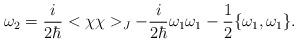
LaTeX: \begin{align*}\omega_2={i\over 2\hbar}<\chi\chi>_J-{i\over2\hbar}\omega_1\omega_1-{1\over 2}\{\omega_1,\omega_1\}.\end{align*}